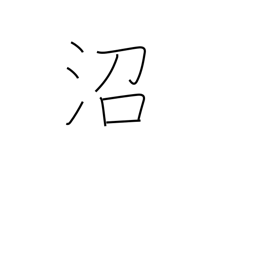
Meaning: bog